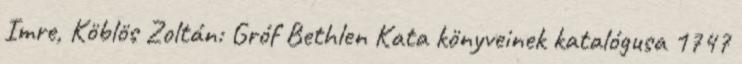
Imre, Köblös Zoltán: Gróf Bethlen Kata könyveinek katalógusa 1747